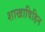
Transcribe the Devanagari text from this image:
शाखाविहिन